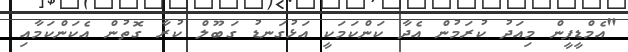
"އެމްޑީޕީން މިއަދު ކުރަމުން އެދާ ކަންކަމަކީ އަޅުގަނޑު ގަބޫލް ކުރާ ގޮތުން އެކަންކަމާއި